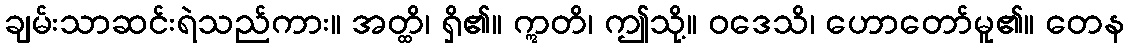
ချမ်းသာဆင်းရဲသည်ကား။ အတ္ထိ၊ ရှိ၏။ ဣတိ၊ ဤသို့။ ဝဒေသိ၊ ဟောတော်မူ၏။ တေန